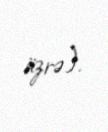
üzrə).